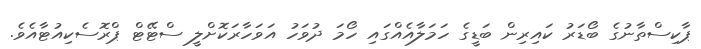
ޕާކިސްތާނުގެ ބޯޑަރު ކައިރިން ބަޑީގެ ހަމަލާއެއްގައި ހޯމަ ދުވަހު އަވަހާރަކޮށްލީ ސްޓޭޓް ޕްރޮސެކިއުޓާއެވެ.